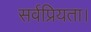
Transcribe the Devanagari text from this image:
सर्वप्रियता।